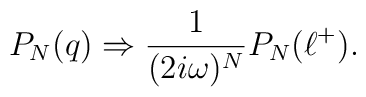
P_N(q)\Rightarrow {1\over{(2i\omega)^N}}P_N(\ell^+).